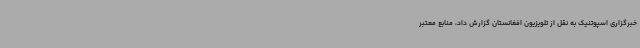
خبرگزاری اسپوتنیک به نقل از تلویزیون افغانستان گزارش داد، منابع معتبر